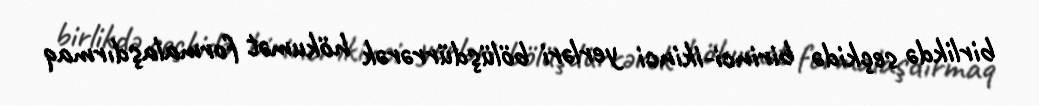
birlikdə seçkidə birinci-ikinci yerləri bölüşdürrərək hökumət formalaşdırmaq